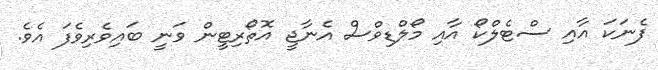
ފެނަކަ އާއި ސްޓެލްކޯ އާއި މޯލްޑިވްސް އެނާޖީ އޮތޯރިޓީން ވަނީ ބައިވެރިވެފަ އެވެ.